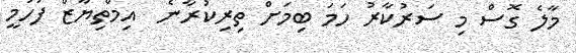
މާލެ ގޮސް މި ސަރުކާރު ހަމަ ބިމަށް ތިރިކުރާނެ  އިމްތިޔާޒް ފަހުމީ